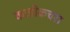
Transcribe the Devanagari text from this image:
काडीकचरा